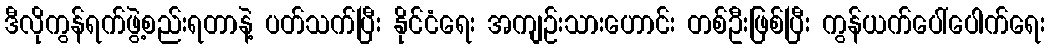
ဒီလိုကွန်ရက်ဖွဲ့စည်းရတာနဲ့ ပတ်သက်ပြီး နိုင်ငံရေး အကျဉ်းသားဟောင်း တစ်ဦးဖြစ်ပြီး ကွန်ယက်ပေါ်ပေါက်ရေး